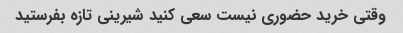
وقتی خرید حضوری نیست سعی کنید شیرینی تازه بفرستید